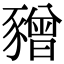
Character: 𧲅